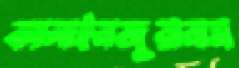
কালাইনজুরানাস